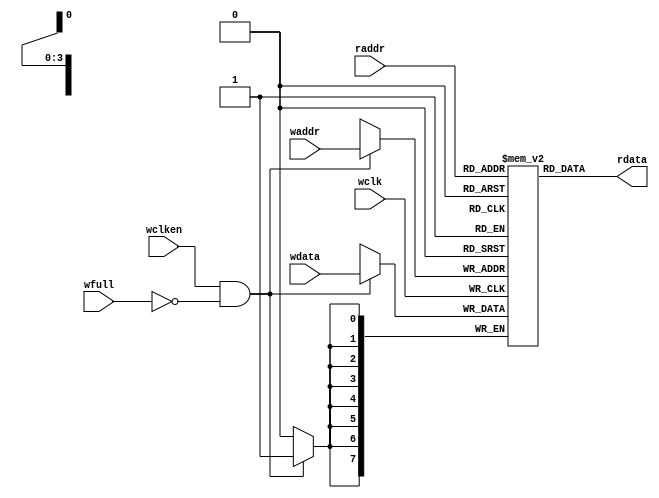
`timescale 1ns / 1ps
//////////////////////////////////////////////////////////////////////////////////
// Company: 
// Engineer: 
// 
// Design Name: 
// Module Name: fifmem
// Project Name: 
// Target Devices: 
// Tool Versions: 
// Description: 
// 
// Dependencies: 
// 
// Revision:
// Revision 0.01 - File Created
// Additional Comments:
// 
//////////////////////////////////////////////////////////////////////////////////


module fifmem #(parameter data_width = 8,
parameter address_width = 4)
(output [data_width-1:0] rdata,
input[data_width-1:0] wdata,
input[address_width-1:0] waddr,raddr,
input wclk,wclken,wfull);

localparam depth = 1<<address_width;
reg[data_width-1:0] mem[0:depth-1] ;

assign rdata= mem[raddr];

always @(posedge wclk)
if(wclken && !wfull)
  begin
  mem[waddr] <= wdata; 
  end
  
endmodule